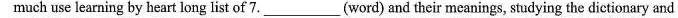
much use learning by heart long list of 7. ___(word) and their meanings, studying the dictionary and